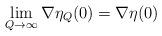
LaTeX: \begin{align*} \lim_{Q \rightarrow \infty} \nabla \eta_Q(0) = \nabla \eta(0)\end{align*}